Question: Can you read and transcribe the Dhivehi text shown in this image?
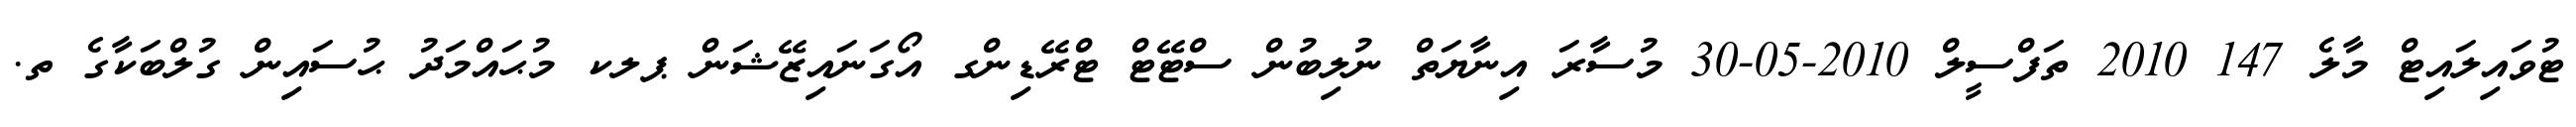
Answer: ޓުވައިލައިޓް މާލެ 147 2010 ތަފްސީލް 2010-05-30 މުސާރަ އިނާޔަތް ނުލިބުން ސްޓޭޓް ޓްރޭޑިންގ އޯގަނައިޒޭޝަން ޕލކ މުޙައްމަދު ޙުސައިން ގުލްބަކާގެ ތ.